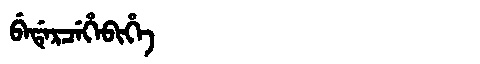
Manchu: ᠪᡝᡩᡝᡵᠴᡝᡥᡝᠪᡳᡥᡝ
Romanization: BEDERCEHEBIHE